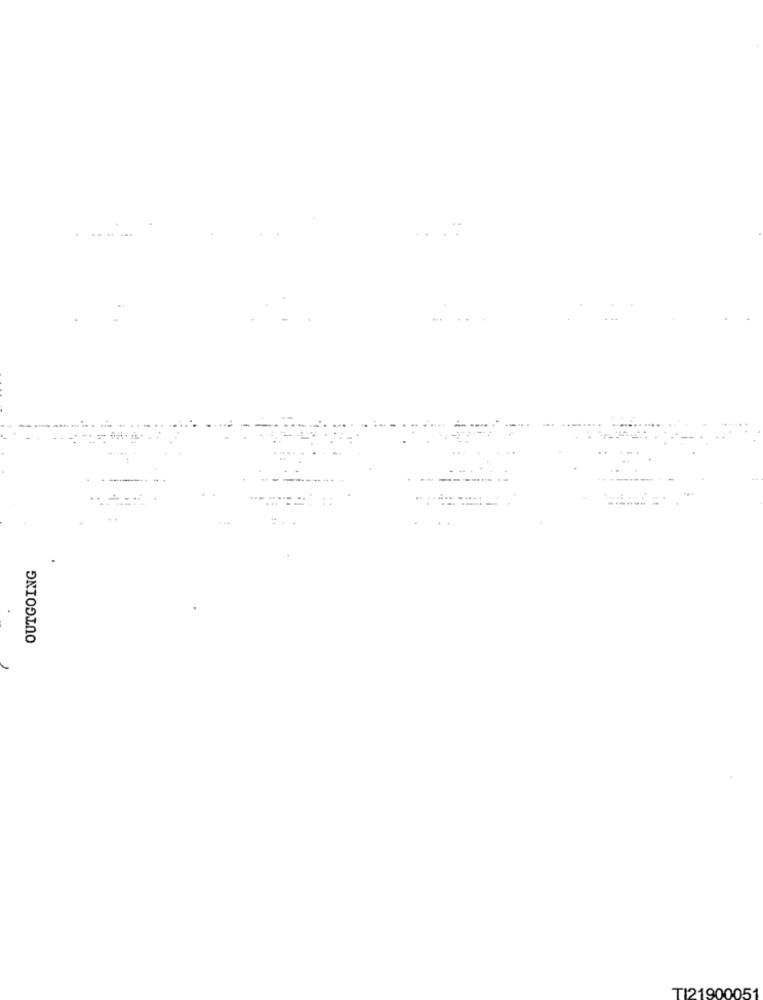
...
OUTGOING
TI21900051